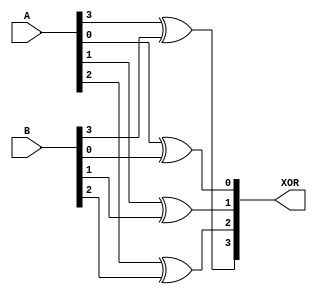
module XOR_gate4(
input [3:0]A,
input [3:0]B,
output [3:0]XOR
    );
    
    xor X0(XOR[0],A[0],B[0]);
    xor X1(XOR[1],A[1],B[1]);
    xor X2(XOR[2],A[2],B[2]);
    xor X3(XOR[3],A[3],B[3]);
    
endmodule